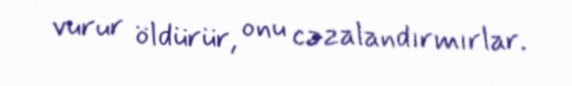
vurur öldürür, onu cəzalandırmırlar.